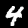
Label: 4